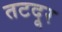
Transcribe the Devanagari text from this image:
तटदूर